Annual statistical returns and brief notes on vaccination in Bengal - 1896-1909
Year: 1896
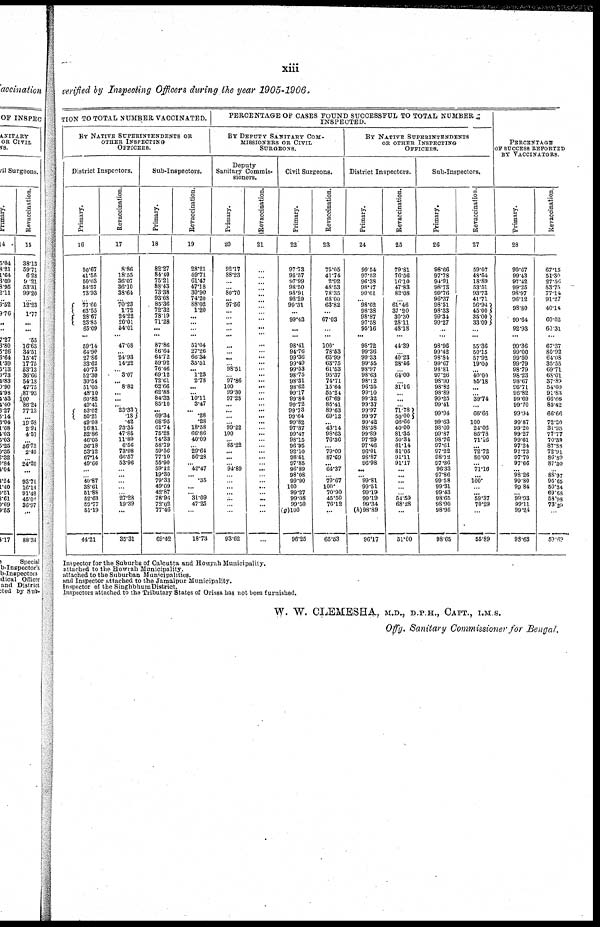
xiii
verified by Inspecting Officers during the year 1905-1906.
TION TO TOTAL NUMBER VACCINATED.
BY NATIVE SUPERINTENDENTS OR
OTHER INSPECTING
OFFICERS.
District Inspectors.
Primary.
16
50.67
41.55
60.03
84.57
73.93
...
77.60
63.55
28.67
23.85
65.09
...
59.14
64.90
27.86
33.62
40.73
52.30
30.54
51.05
48.10
60.82
49.41
53.02
50.21
49.08
16.81
52.86
46.05
36.18
53.12
67.14
49.66
...
...
40.87
38.61
51.88
52.63
59.77
51.19
44.21
Revaccination.
17
8.86
18.55
36.07
36.10
38.64
...
70.23
1.72
24.22
20.01
54.01
...
47.08
...
24.93
14.22
...
3.07
...
8.82
...
...
...
23.33
.18
.42
23.35
47.85
11.89
6.56
73.98
66.57
53.96
...
...
...
...
...
27.28
19.39
...
35.31
Sub-Inspectors.
Primary.
18
82.27
84.40
75.21
88.43
73.38
93.68
85.36
72.32
78.19
71.28
...
...
87.86
86.64
64.72
59.92
76.46
69.12
72.61
62.66
62.88
84.33
85.10
...
69.34
68.95
61.74
75.28
74.33
58.79
59.56
77.10
55.90
59.12
19.30
79.33
49.09
42.87
78.96
72.02
77.46
69.42
Revaccination.
19
28.21 .
59.71
61.47
47.18
30.90
74.20
88.02
1.20
...
...
...
...
51.04
27.26
66.34
35.51
... 1.23
2.78
...
...
10.11
3.47
...
.28
.28
18.58
66.86
40.09
...
29.64
56.28
...
42.47
... .35
...
... 31.09
47.25
...
18.73
PERCENTAGE OF CASES FOUND SUCCESSFUL TO TOTAL NUMBER
INSPECTED.
BY DEPUTY SANITARY COM-
MISSIONERS OR CIVIL
SURGEONS.
Deputy
Sanitary Commis-
sioners.
Primary.
20
92.17
88.23
...
...
80.70
... 97.56
...
...
...
...
...
...
...
...
...
98.51
...
97.86
100
99.30
97.28
...
...
...
...
99.22
100
...
85.22
...
...
...
94.89
...
...
...
...
...
...
...
93.62
Revaccination.
21
...
...
...
...
...
...
...
...
...
...
...
...
...
...
...
...
...
...
...
...
...
...
...
...
...
...
...
...
...
...
...
...
...
...
...
...
... ...
... ...
...
Civil Surgeons.
Primary.
22
97.73
95.67
97.99
98.50
98.91
98.29
99.31
...
99.43
...
...
98.41
94.76
99.36
99.49
99.53
98.75
98.31
98.62
99.17
99.84
99.72
99.73
99.64
99.82
97.87
99.47
98.15
96.95
92.10
98.51
97.85
96.89
98.08
99.90
100
99.27
99.08
99.50
(g)100
96.25
Revaccination.
23
75.05
41.74
2.92
48.53
78.35
68.00
63.82
...
67.03
...
...
100.
78.53
65.99
63.75
61.53
95.37
74.71
15.64
55.24
67.69
85.41
89.63
69.12
... 43.14
98.63
76.36
...
79.09
87.69
...
64.37
...
79.67
100.
70.90
45.50
76.12
...
65.53
BY NATIVE SUPERINTENDENTS
OR OTHER INSPECTING
OFFICERS.
District Inspectors.
Primary.
24
99.54
97.52
96.38
98.17
99.61
... 98.62
98.38
98.87
97.58
95.16
...
98.72
99.36
99.33
99.55
98.97
98.63
98.12
96.35
99.10
99.32
99.37
99.97
99.97
99.42
98.58
99.89
97.29
97.46
96.01
98.87
96.98
...
... 99.81
99.51
99.19
99.19
99.34
(h) 98.89
96.17
Revaccination.
25
79.81
76.56
16.10
47.83
82.08
...
61.46
37.20
30.30
28.11
48.18
...
44.39
...
40.23
28.46
...
64.00
...
31.16
...
...
...
71.78
50.00
66.66
40.00
81.35
50.34
61.14
81.05
91.11
91.17
...
...
...
...
...
54.59
68.28
...
51.00
Sub-Inspectors.
Primary.
26
98.66
97.78
94.91
98.73
99.76
96.37
98.51
98.33
99.34
99.27
...
...
98.96
99.42
98.84
99.67
98.81
97.26
98.90
98.82
98.89
99.25
99.41
99.94
99.63
98.60
99.87
98.76
97.61
97.22
98.12
97.36
96.33
97.86
99.58
99.31
99.43
98.65
98.90
98.95
98.65
Revaccination.
27
59.07
43.54
18.89
53.51
93.73
41.71
56.94
45.00
35.00
33.09
...
...
55.36
50.15
57.92
19.00
...
40.00
55.18
...
...
39.74
...
66.66
100
24.06
85.78
71.16
...
72.72
80.00
...
71.16
...
100.
...
...
59.37
70.29
...
55.89
PERCENTAGE
OF SUCCESS REPORTED
BY VACCINATORS.
Primary.
28
90.67
99.43
97.42
99.25
98.97
96.12
98.80
99.64
92.93
...
99.36
99.00
99.50
99.79
98.79
98.23
98.67
96.71
98.82
99.69
99.70
99.94
99.87
99.20
99.27
99.61
97.24
97.73
97.70
97.66
...
98.26
99.80
99.84
...
99.93
99.11
99.24
98.63
Revaccination.
67.15
51.30
27.56
53.75
77.14
91.27
40.14
60.02
60.31
...
67.37
80.92
64.08
35.55
69.71
68.01
37.89
54.00
91.83
66.66
85.42
66.66
72.20
31.95
77.77
70.30
87.88
72.91
86.89
87.30
...
88.97
95.65
50.34
69.68
53.98
73.29
...
59.60
Inspector for the Suburbs of Calcutta and Howrah Municipality.
attached to the Howrah Municipality.
attached to the Suburban Municipalities.
and Inspector attached to the Jamalpur Municipality.
Inspector of the Singhbhum District.
Inspectors attached to the Tributary States of Orissa has not been furnished.
W. W. CLEMESHA, M.D., D.P.H., CAPT., I.M.S.
Offg. Sanitary Commissioner for Bengal.